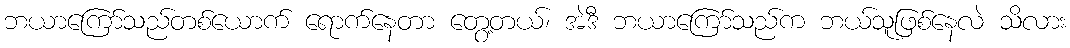
ဘယာကြော်သည်တစ်ယောက် ရောက်နေတာ တွေ့တယ်၊ အဲဒီ ဘယာကြော်သည်က ဘယ်သူဖြစ်နေလဲ သိလား